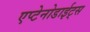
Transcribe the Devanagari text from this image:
एप्टेनोडाईट्स